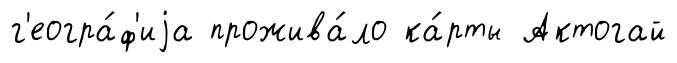
г'еогра́ф'иjа прожива́ло ка́рты Актогай